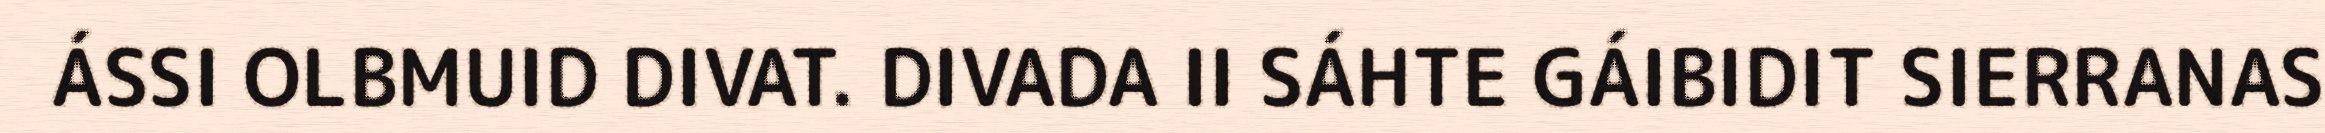
ÁSSI OLBMUID DIVAT. DIVADA II SÁHTE GÁIBIDIT SIERRANAS